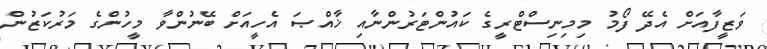
ވަޒީފާއަށް އެދޭ ފޯމު މިމިނިސްޓްރީގެ ކައުންޓަރުންނާއި ޚާއްޞަ އެހީއަށް ބޭނުންވާ މީހުންގެ މަރުކަޒުން